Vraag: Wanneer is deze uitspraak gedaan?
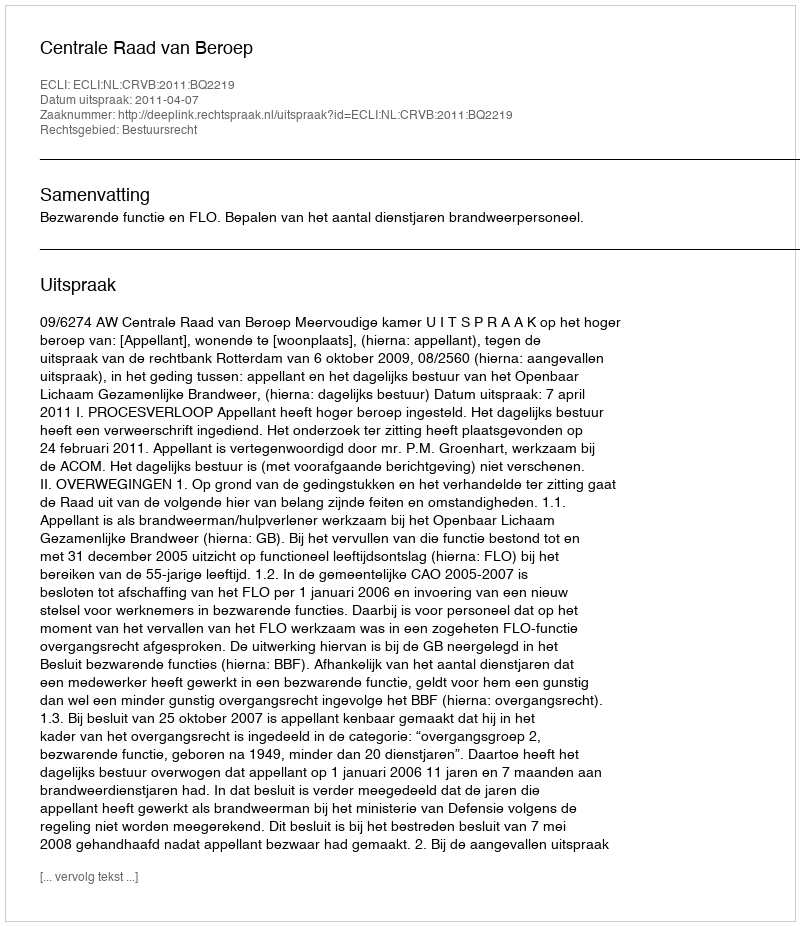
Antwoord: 2011-04-07